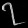
Digit: ၇